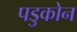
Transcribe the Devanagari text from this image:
पडुकोन